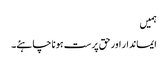
ہمیں
ایماندار اور حق پرست ہونا چاہئے۔